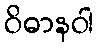
ဝိဓာနဝါ